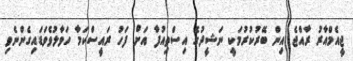
ޖީއެމްއާރު ރާއްޖެ އިން ބޭރުކުރުމަކީ ނަޝީދުގެ އިސްތިއުފާ އަށް ފަހު ރައީސްކަމާ ހަވާލުވެވަޑައިގެންނެވި